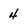
Character: 4